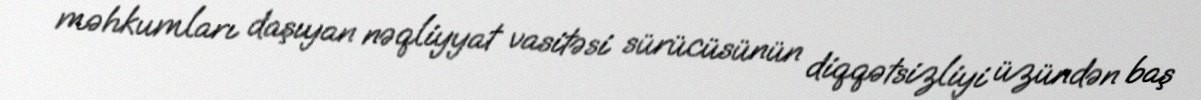
məhkumları daşıyan nəqliyyat vasitəsi sürücüsünün diqqətsizliyi üzündən baş